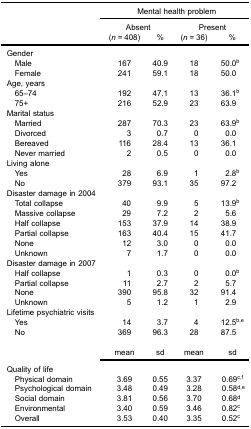
<table><thead><tr><td><b> </b></td><td colspan="4"><b>Mental health problem</b></td></tr><tr><td><b> </b></td><td colspan="2"><b>Absent</b></td><td colspan="2"><b>Present</b></td></tr><tr><td><b> </b></td><td><b>(<i>n</i> = 408)</b></td><td><b>%</b></td><td><b>(<i>n</i> = 36)</b></td><td><b>%</b></td></tr></thead><tbody><tr><td>Gender</td><td> </td><td> </td><td> </td><td> </td></tr><tr><td> Male</td><td>167</td><td>40.9</td><td>18</td><td>50.0<sup>b</sup></td></tr><tr><td> Female</td><td>241</td><td>59.1</td><td>18</td><td>50.0</td></tr><tr><td>Age, years</td><td> </td><td> </td><td> </td><td> </td></tr><tr><td> 65–74</td><td>192</td><td>47.1</td><td>13</td><td>36.1<sup>b</sup></td></tr><tr><td> 75+</td><td>216</td><td>52.9</td><td>23</td><td>63.9</td></tr><tr><td>Marital status</td><td> </td><td> </td><td> </td><td> </td></tr><tr><td> Married</td><td>287</td><td>70.3</td><td>23</td><td>63.9<sup>b</sup></td></tr><tr><td> Divorced</td><td>3</td><td>0.7</td><td>0</td><td>0.0</td></tr><tr><td> Bereaved</td><td>116</td><td>28.4</td><td>13</td><td>36.1</td></tr><tr><td> Never married</td><td>2</td><td>0.5</td><td>0</td><td>0.0</td></tr><tr><td>Living alone</td><td> </td><td> </td><td> </td><td> </td></tr><tr><td> Yes</td><td>28</td><td>6.9</td><td>1</td><td>2.8<sup>b</sup></td></tr><tr><td> No</td><td>379</td><td>93.1</td><td>35</td><td>97.2</td></tr><tr><td>Disaster damage in 2004</td><td> </td><td> </td><td> </td><td> </td></tr><tr><td> Total collapse</td><td>40</td><td>9.9</td><td>5</td><td>13.9<sup>b</sup></td></tr><tr><td> Massive collapse</td><td>29</td><td>7.2</td><td>2</td><td>5.6</td></tr><tr><td> Half collapse</td><td>153</td><td>37.9</td><td>14</td><td>38.9</td></tr><tr><td> Partial collapse</td><td>163</td><td>40.4</td><td>15</td><td>41.7</td></tr><tr><td> None</td><td>12</td><td>3.0</td><td>0</td><td>0.0</td></tr><tr><td> Unknown</td><td>7</td><td>1.7</td><td>0</td><td>0.0</td></tr><tr><td>Disaster damage in 2007</td><td> </td><td> </td><td> </td><td> </td></tr><tr><td> Half collapse</td><td>1</td><td>0.3</td><td>0</td><td>0.0<sup>b</sup></td></tr><tr><td> Partial collapse</td><td>11</td><td>2.7</td><td>2</td><td>5.7</td></tr><tr><td> None</td><td>390</td><td>95.8</td><td>32</td><td>91.4</td></tr><tr><td> Unknown</td><td>5</td><td>1.2</td><td>1</td><td>2.9</td></tr><tr><td>Lifetime psychiatric visits</td><td> </td><td> </td><td> </td><td> </td></tr><tr><td> Yes</td><td>14</td><td>3.7</td><td>4</td><td>12.5<sup>b,e</sup></td></tr><tr><td> No</td><td>369</td><td>96.3</td><td>28</td><td>87.5</td></tr><tr><td colspan="5"> </td></tr><tr><td> </td><td>mean</td><td>sd</td><td>mean</td><td>sd</td></tr><tr><td>Quality of life</td><td> </td><td> </td><td> </td><td> </td></tr><tr><td> Physical domain</td><td>3.69</td><td>0.55</td><td>3.37</td><td>0.69<sup>c,f</sup></td></tr><tr><td> Psychological domain</td><td>3.48</td><td>0.49</td><td>3.28</td><td>0.58<sup>d,e</sup></td></tr><tr><td> Social domain</td><td>3.81</td><td>0.56</td><td>3.70</td><td>0.68<sup>d</sup></td></tr><tr><td> Environmental</td><td>3.40</td><td>0.59</td><td>3.46</td><td>0.82<sup>c</sup></td></tr><tr><td> Overall</td><td>3.53</td><td>0.40</td><td>3.35</td><td>0.52<sup>c</sup></td></tr></tbody></table>